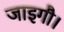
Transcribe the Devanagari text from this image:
जाइगौ।